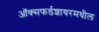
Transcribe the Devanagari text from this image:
ऑक्सफर्डशायरमधील